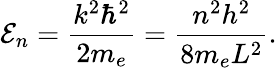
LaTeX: \mathcal{E}_{n}=\frac{k^{2}\hbar^{2}}{2m_{e}}=\frac{n^{2}h^{2}}{8m_{e}L^{2}}.